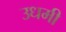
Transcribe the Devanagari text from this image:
उधमी